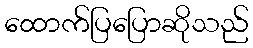
ထောက်ပြပြောဆိုသည်